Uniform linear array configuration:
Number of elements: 16
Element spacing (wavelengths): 0.25
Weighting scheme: binomial
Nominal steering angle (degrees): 45
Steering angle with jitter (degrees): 46.469
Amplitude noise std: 0.05
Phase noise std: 0.05

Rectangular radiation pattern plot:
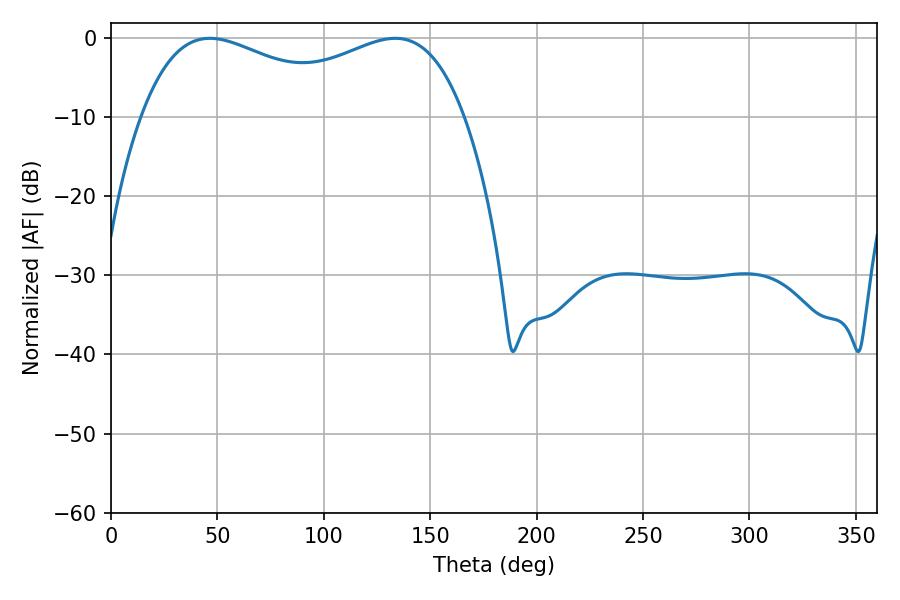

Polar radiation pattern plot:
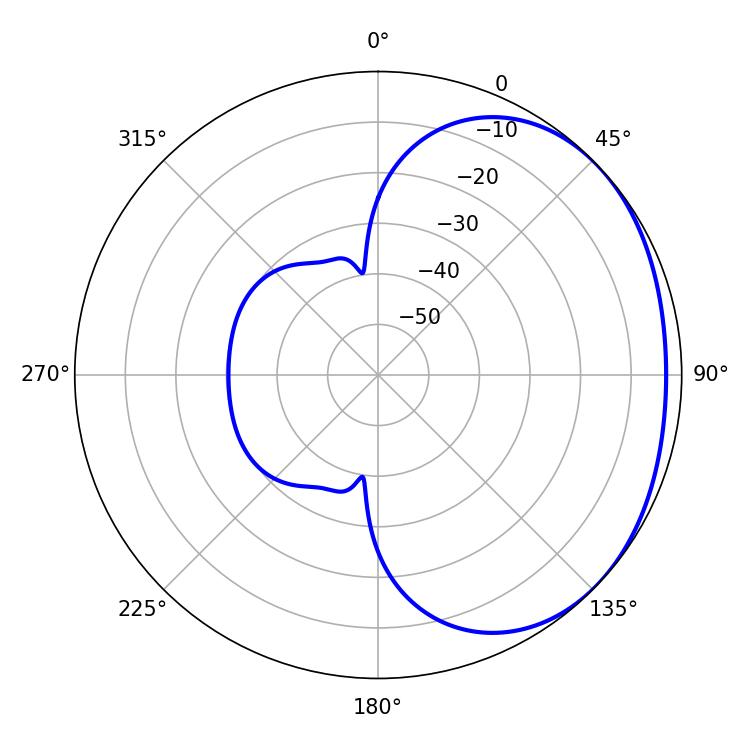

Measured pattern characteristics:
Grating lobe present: FALSE
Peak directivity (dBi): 1.724
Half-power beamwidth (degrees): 58.14
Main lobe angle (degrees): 46.44